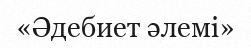
«Әдебиет әлемі»